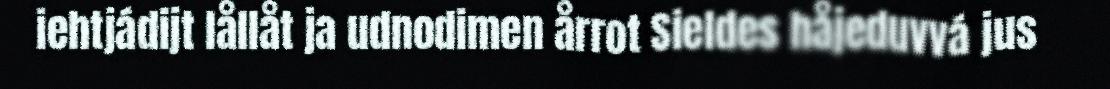
iehtjádijt lållåt ja udnodimen årrot Sieldes håjeduvvá jus